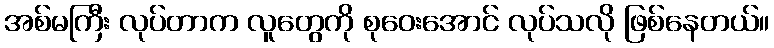
အစ်မကြီး လုပ်တာက လူတွေကို စုဝေးအောင် လုပ်သလို ဖြစ်နေတယ်။